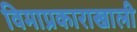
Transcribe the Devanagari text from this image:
विमाप्रकाराखाली